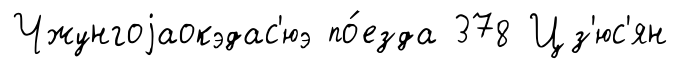
Чжунгоjаокэдас'юэ по́езда 378 Цз'юс'ян